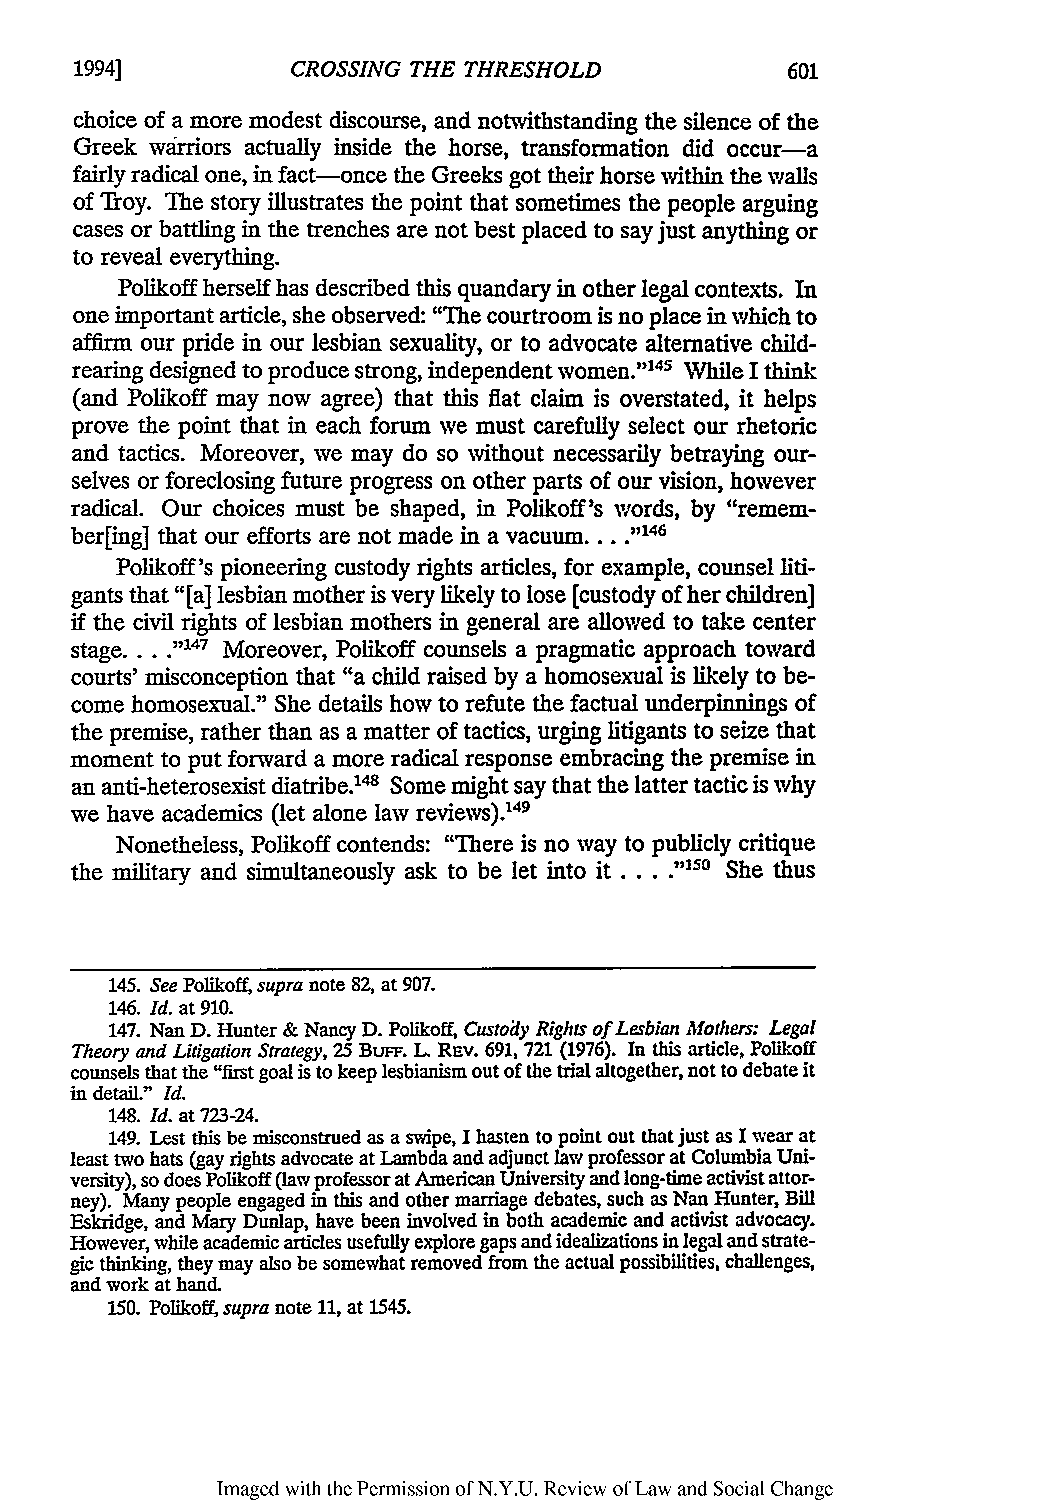
1994]
 CROSSING THE THRESHOLD
 choice of a more modest discourse, and notwithstanding the silence of the
 Greek warriors actually inside the horse, transformation did occur-a
 fairly radical one, in fact-once the Greeks got their horse within the walls
 of Troy. The story illustrates the point that sometimes the people arguing
 cases or battling in the trenches are not best placed to say just anything or
 to reveal everything.
 Polikoff herself has described this quandary in other legal contexts. In
 one important article, she observed: "The courtroom is no place in which to
 affirm our pride in our lesbian sexuality, or to advocate alternative child-
 rearing designed to produce strong, independent women.'145 While I think
 (and Polikoff may now agree) that this flat claim is overstated, it helps
 prove the point that in each forum we must carefully select our rhetoric
 and tactics. Moreover, we may do so without necessarily betraying our-
 selves or foreclosing future progress on other parts of our vision, however
 radical. Our choices must be shaped, in Polikoff's words, by "remem-
 ber[ing] that our efforts are not made in a vacuum .... t1146
 Polikoff's pioneering custody rights articles, for example, counsel liti-
 gants that "[a] lesbian mother is very likely to lose [custody of her children]
 if the civil rights of lesbian mothers in general are allowed to take center
 stage. ... ."17 Moreover, Polikoff counsels a pragmatic approach toward
 courts' misconception that "a child raised by a homosexual is likely to be-
 come homosexual." She details how to refute the factual underpinnings of
 the premise, rather than as a matter of tactics, urging litigants to seize that
 moment to put forward a more radical response embracing the premise in
 an anti-heterosexist diatribe."4 Some might say that the latter tactic is why
 we have academics (let alone law reviews). 49
 Nonetheless, Polikoff contends: "There is no way to publicly critique
 the military and simultaneously ask to be let into it .... ."50 She thus
 145. See Polikoff, supra note 82, at 907.
 146. Id. at 910.
 147. Nan D. Hunter & Nancy D. Polikoff, Custody Rights of Lesbian Mothers: Legal
 Theory and Litigation Strategy, 25 BuFF. L. REv. 691, 721 (1976). In this article, Polikoff
 counsels that the "first goal is to keep lesbianism out of the trial altogether, not to debate it
 in detail." Id.
 148. Id. at 723-24.
 149. Lest this be misconstrued as a swipe, I hasten to point out that just as I wear at
 least two hats (gay rights advocate at Lambda and adjunct law professor at Columbia Uni-
 versity), so does Folikoff (law professor at American University and long-time activist attor-
 ney). Many people engaged in this and other marriage debates, such as Nan Hunter, Bill
 Eskridge, and Mary Dunlap, have been involved in both academic and activist advocacy.
 However, while academic articles usefully explore gaps and idealizations in legal and strate-
 gic thinking, they may also be somewhat removed from the actual possibilities, challenges,
 and work at hand.
 150. Polikoff, supra note 11, at 1545.
 Imaged with the Permission of N.Y.U. Review of Law and Social Change